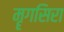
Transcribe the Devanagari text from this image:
मॄगसिरा